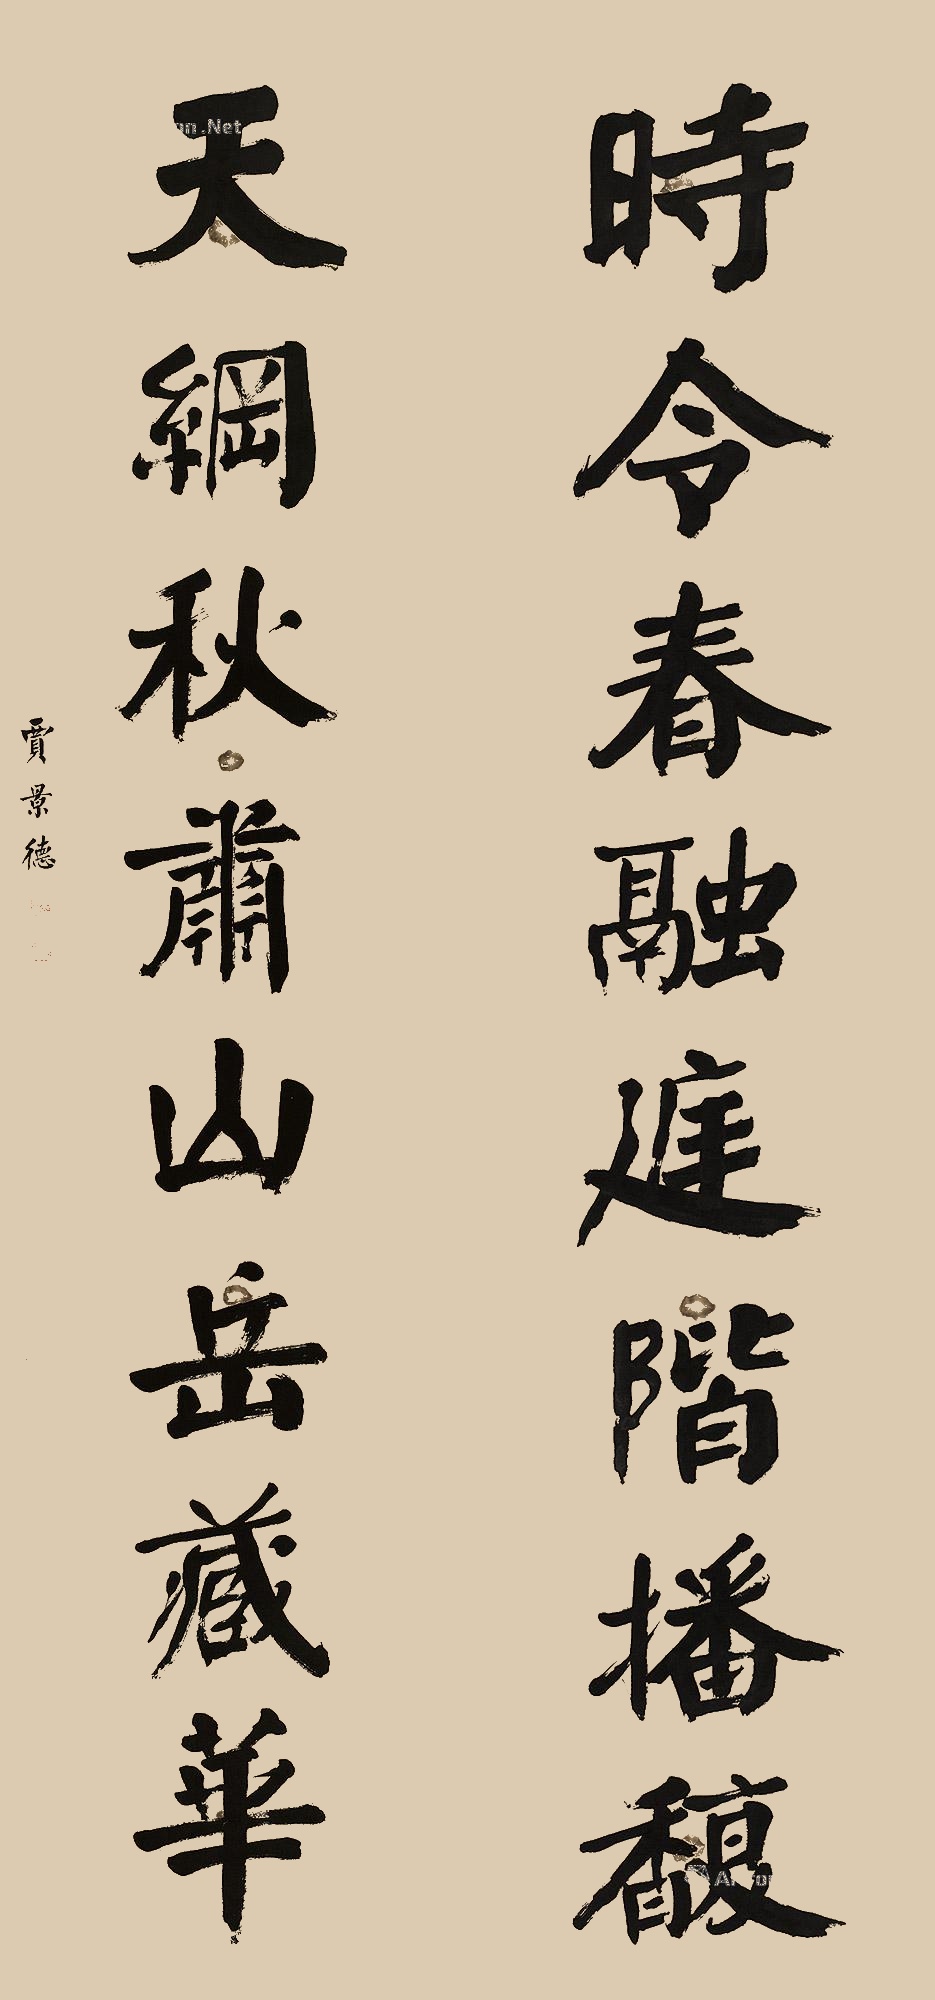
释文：时令春融庭阶播馥，天纲秋萧山岳藏华。贾景德印、煜如